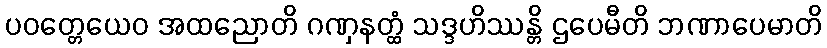
ပဝတ္တေယေဝ အထညောတိ ဂဏှနတ္ထံ သဒ္ဒဟိဿန္တိ ဌပေမီတိ ဘဏာပေမာတိ